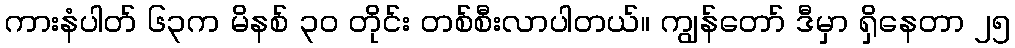
ကားနံပါတ် ၆၃က မိနစ် ၃၀ တိုင်း တစ်စီးလာပါတယ်။ ကျွန်တော် ဒီမှာ ရှိနေတာ ၂၅